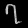
Digit: ၇